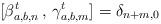
LaTeX: \begin{align*}[\beta^t_{a,b, n}\, ,\, \gamma^t_{a,b, m}] = \delta_{n+m, 0}\end{align*}